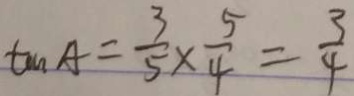
\tan A = \frac { 3 } { 5 } \times \frac { 5 } { 4 } = \frac { 3 } { 4 }